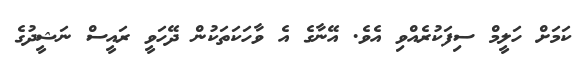
ކަމަށް ހަލީމް ސިފަކުރެއްވި އެވެ. އޭނާގެ އެ ވާހަކަތަކުން ދޭހަވީ ރައީސް ނަޝީދުގެ